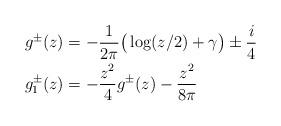
LaTeX: \begin{align*}g^\pm(z)&=-\frac1{2\pi} \big(\log(z/2)+\gamma\big)\pm\frac{i}4 \\g_1^\pm(z)&=-\frac{z^2}4g^\pm(z)-\frac{z^2}{8\pi} \end{align*}